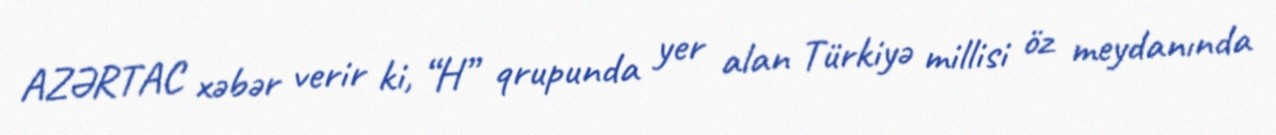
AZƏRTAC xəbər verir ki, “H” qrupunda yer alan Türkiyə millisi öz meydanında